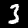
Digit: 3